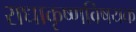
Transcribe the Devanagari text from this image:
राधाकृष्णविषयक